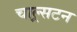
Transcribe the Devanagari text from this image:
चाल्र्सटन